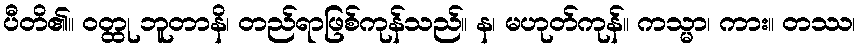
ပီတိ၏။ ဝတ္ထု ဘူတာနိ၊ တည်ရာဖြစ်ကုန်သည်။ န၊ မဟုတ်ကုန်။ ကသ္မာ၊ ကား။ တဿ၊